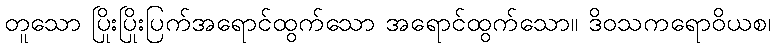
တူသော ပြိုးပြိုးပြက်အရောင်ထွက်သော အရောင်ထွက်သော။ ဒိဝသကရောဝိယစ၊